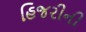
હિજરીની